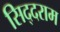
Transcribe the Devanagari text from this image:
सिद्दराम